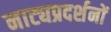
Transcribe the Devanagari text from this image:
नाट्यप्रदर्शनों